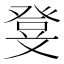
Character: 𭽃